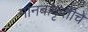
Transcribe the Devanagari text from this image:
मानवाकृतीचे